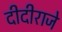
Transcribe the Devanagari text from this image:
दीदीराजे